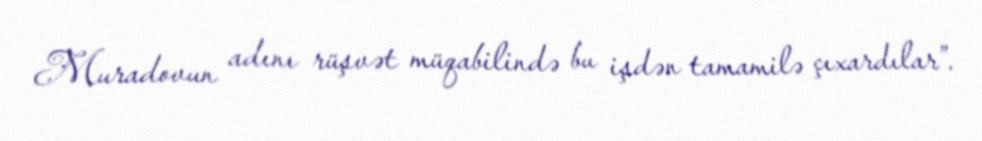
Muradovun adını rüşvət müqabilində bu işdən tamamilə çıxardılar”.